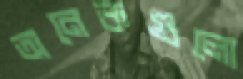
অনেকগুলো